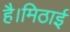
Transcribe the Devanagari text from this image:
है।मिठाई